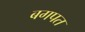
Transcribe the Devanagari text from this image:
बगपत